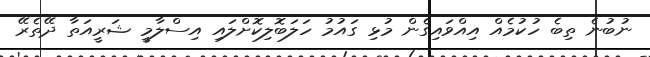
ނުބުނެ ތިބެ ހުކުމެއް އިއްވައިގެން މުޅި ގައުމު ހަލަބޮލިކޮށްލައި އިސްލާމީ ޝަރީއަތާ ދޭތެރޭ